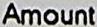
AMOUNT